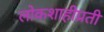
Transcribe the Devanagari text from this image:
लोकशाहीप्रती